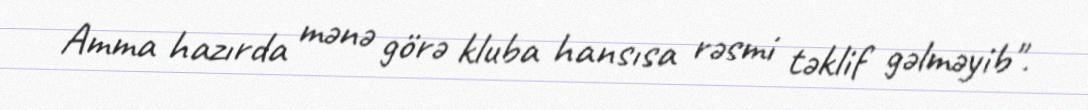
Amma hazırda mənə görə kluba hansısa rəsmi təklif gəlməyib".